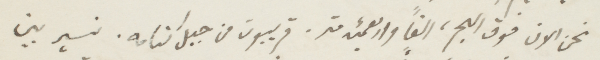
نحن الان فوق البحر، الف اواربعنئة متر. قريبون من جبل كنامه، نسير بين